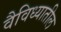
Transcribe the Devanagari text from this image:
वैविध्यातील